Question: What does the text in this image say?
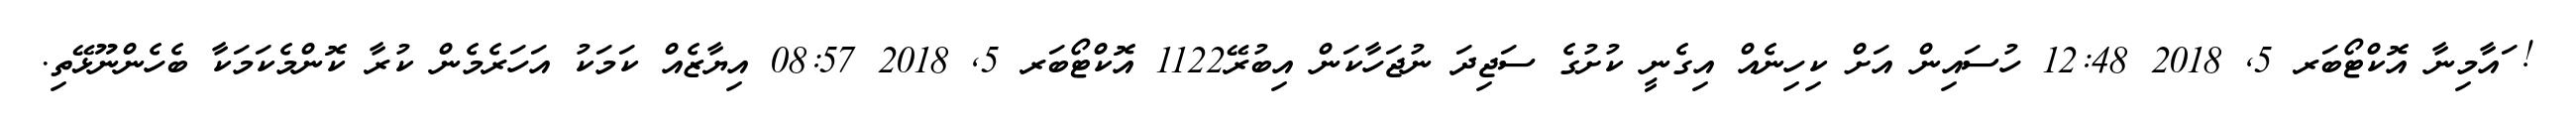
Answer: ! ައާމިނާ އޮކްޓޯބަރ 5, 2018 12:48 ހުސައިން އަށް ކިހިނެއް އިގެނީ ކުށުގެ ސަޖިދަ ނުޖަހާކަން އިބުރޭ1122 އޮކްޓޯބަރ 5, 2018 08:57 އިޔާޒެއް ކަމަކު އަހަރެމެން ކުރާ ކޮންމެކަމަކާ ބެހެންނޫޅޭތި.